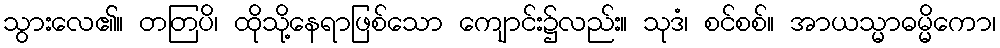
သွားလေ၏။ တတြပိ၊ ထိုသို့နေရာဖြစ်သော ကျောင်း၌လည်း။ သုဒံ၊ စင်စစ်။ အာယသ္မာဓမ္မိကော၊